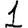
Digit: 1